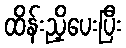
ထိန်းညှိပေးပြီး